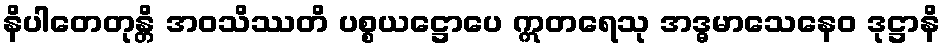
နိပါတေတုန္တိ အဝသိဿတိ ပစ္စယဋ္ဌောပေ ဣတရေသု အဒ္ဓမာသေနေဝ ဒုဋ္ဌာနိ